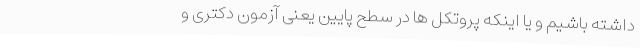
داشته باشیم و یا اینکه پروتکل ها در سطح پایین یعنی آزمون دکتری و